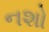
નશો